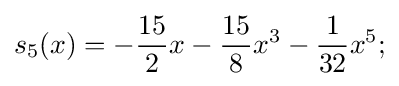
s_{5}(x)=-{\frac {15}{2}}x-{\frac {15}{8}}x^{3}-{\frac {1}{32}}x^{5};